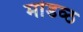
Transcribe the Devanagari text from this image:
मांडव्ठ